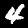
Digit: 4